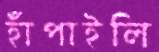
হাঁপাইলি